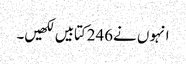
انہو ں نے246کتابیں لکھیں۔